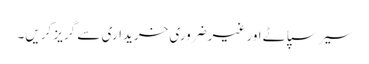
سیر سپاٹے اور غیرضروری خریداری سے گریز کریں۔